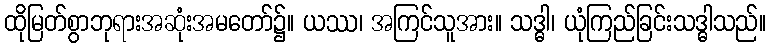
ထိုမြတ်စွာဘုရားအဆုံးအမတော်၌။ ယဿ၊ အကြင်သူအား။ သဒ္ဓါ၊ ယုံကြည်ခြင်းသဒ္ဓါသည်။